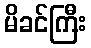
မိခင်ကြီး